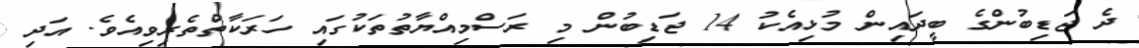
ދެ ޖަޑިބުންގެ ބީދައިން މުޅިއެކު 14 ޖަޑިބުން މި ރަސްމިއްޔާތުތަކުގައި ހަރަކާތްތެރިވިއެވެ. އަދި